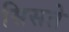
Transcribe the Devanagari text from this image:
सिसते